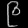
Digit: ၉